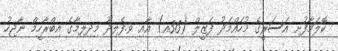
ކޮލަމާފުށި އަސަރީގެ މުހައްމަދު ފަޒީލް (36އ) އާއި ވ.ފެލިދޫ މިދިލިމާގެ އިބްރާހީމް ނާޖިހު